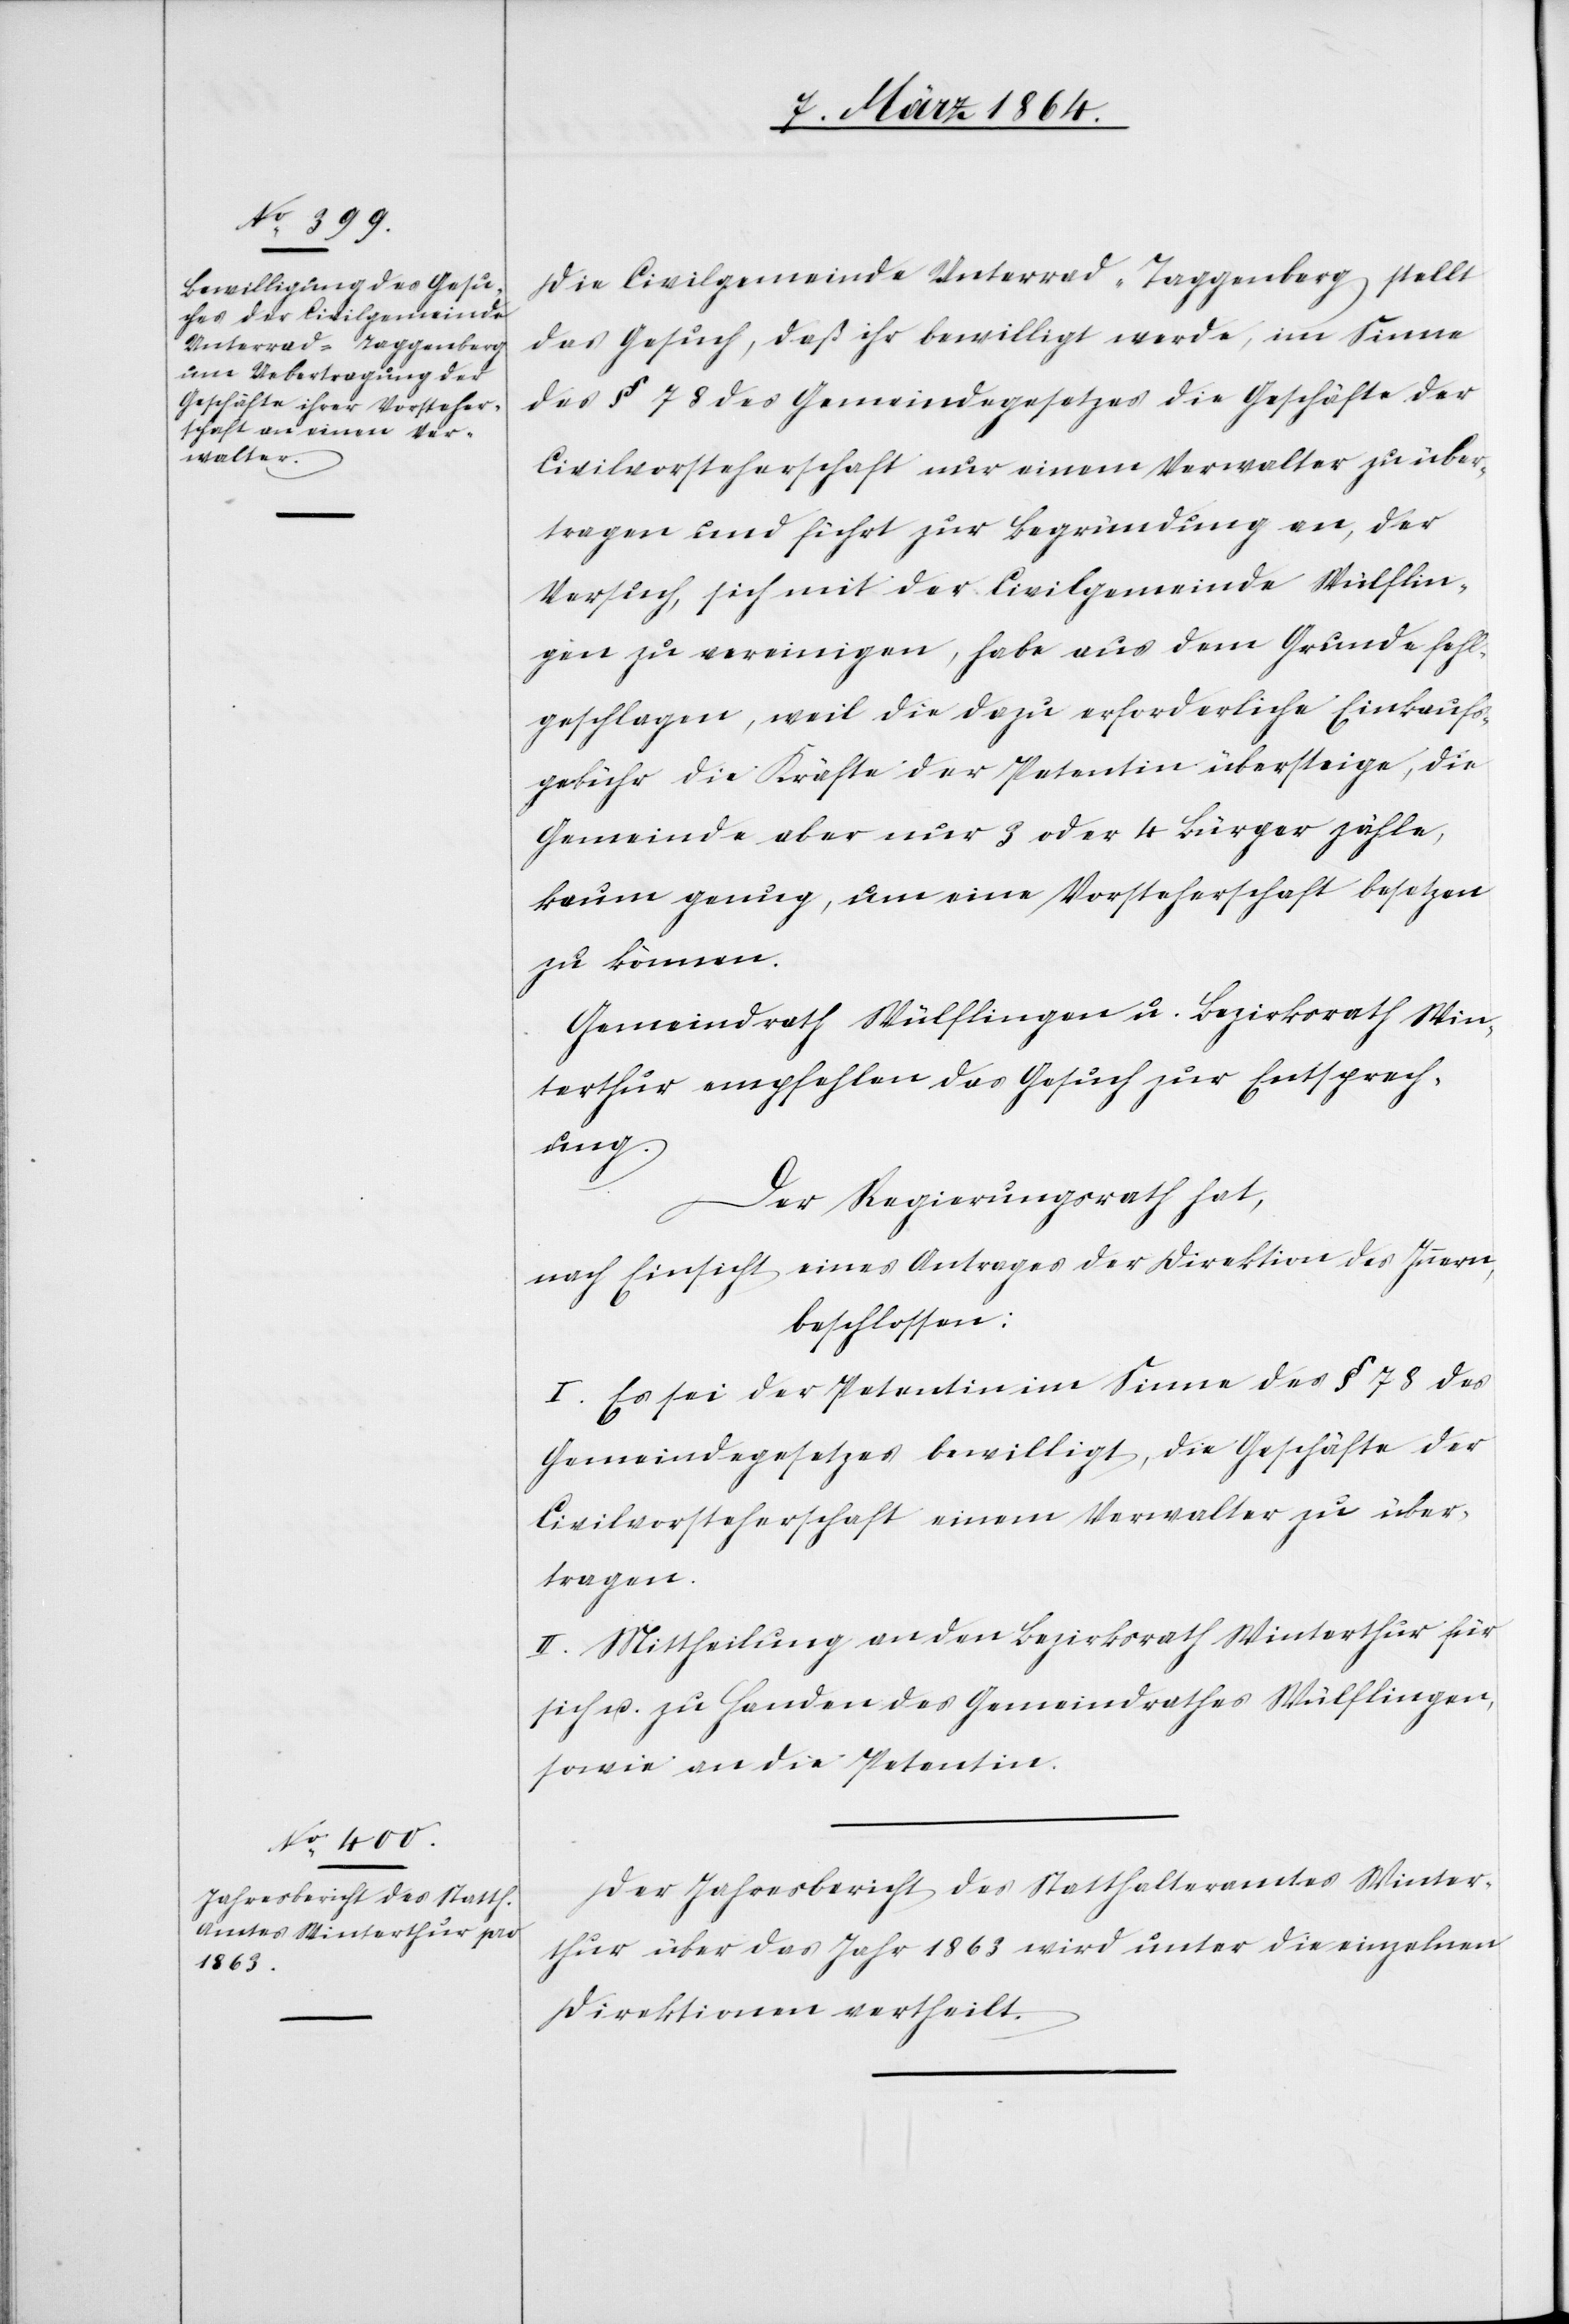
Die Civilgemeinde Unterrad-Taggenberg stellt
das Gesuch, daß ihr bewilligt werde, im Sinne
des § 78 des Gemeindegesetzes die Geschäfte der
Civilvorsteherschaft nur einem Verwalter zu über¬
tragen und führt zur Begründung an, der
Versuch, sich mit der Civilgemeinde Wülflin¬
gen zu vereinigen, habe aus dem Grund fehl¬
geschlagen, weil die dazu erforderliche Einkaufs¬
gebühr die Kräfte der Petentin übersteigt, die
Gemeinde aber nur 3 oder 4 Bürger zähle,
kaum genug, um eine Vorsteherschaft besetzen
zu können.
Gemeindrath Wülflingen u. Bezirksrath Win¬
terthur empfehlen das Gesuch zur Entsprech¬
ung.
Der Regierungsrath hat,
nach Einsicht eines Antrages der Direktion des Innern,
beschlossen:
I. Es sei der Petentin im Sinne des § 78 des
Gemeindegesetzes bewilligt, die Geschäfte der
Civilvorsteherschaft einem Verwalter zu über¬
tragen.
II. Mittheilung an den Bezirksrath Winterthur für
sich u. zu Handen des Gemeindrathes Wülflingen,
sowie an die Petentin.
Der Jahresbericht des Statthalteramtes Winter¬
thur über das Jahr 1863 wird unter die einzelnen
Direktionen vertheilt.